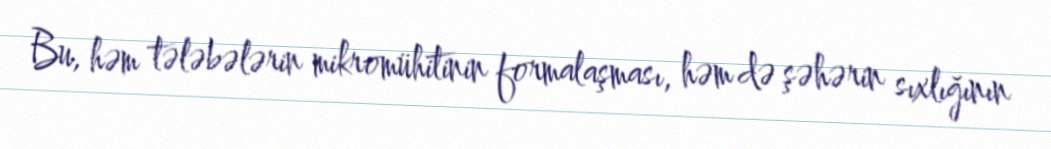
Bu, həm tələbələrin mikromühitinin formalaşması, həm də şəhərin sıxlığının